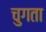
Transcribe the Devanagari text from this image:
चुगता